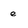
Character: e